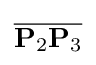
{\overline {\mathbf {P} _{2}\mathbf {P} _{3}}}